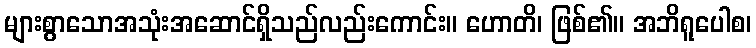
များစွာသောအသုံးအဆောင်ရှိသည်လည်းကောင်း။ ဟောတိ၊ ဖြစ်၏။ အဘိရူပေါစ၊